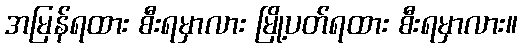
အမြန်ရထား စီးရမှာလား မြို့ပတ်ရထား စီးရမှာလား။